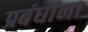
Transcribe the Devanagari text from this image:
प्रबंधांना